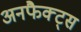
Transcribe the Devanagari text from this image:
अनफैक्ट्स